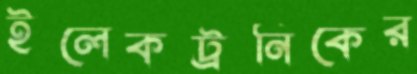
ইলেকট্রনিকের